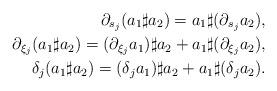
LaTeX: \begin{align*} \partial_{s_j}(a_1\sharp a_2) = a_1\sharp(\partial_{s_j}a_2) , \\ \partial_{\xi_j}(a_1\sharp a_2) = (\partial_{\xi_j}a_1)\sharp a_2+a_1\sharp(\partial_{\xi_j}a_2) , \\ \delta_j(a_1\sharp a_2) = (\delta_j a_1)\sharp a_2+a_1\sharp(\delta_j a_2) . \end{align*}